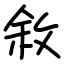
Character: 敘